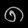
Digit: ၈